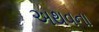
અથવના